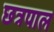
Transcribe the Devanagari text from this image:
छत्रपाल